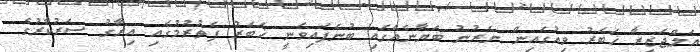
އަލްޖަޒީރާ ޚަބަރު ވިއުގައިން ނެރުނު ބަޔާނެއްގައި ބުނެފައިވަނީ ޚަބަރު ފެތުރުމުގައި އިރާގު ސަރުކާރުގެ